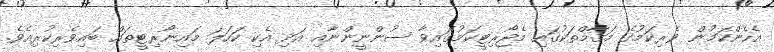
އެހެންކަމުން ވެރިކަމުގެ މަޤާމްތަކުގައި މެޖޯރިޓީކަމުގައިވާ ސުންނީންނާއި އަދި އެކި ކަހަލަ މައިނޯރިޓީތައް ބައިވެރިކުރިއެވެ.